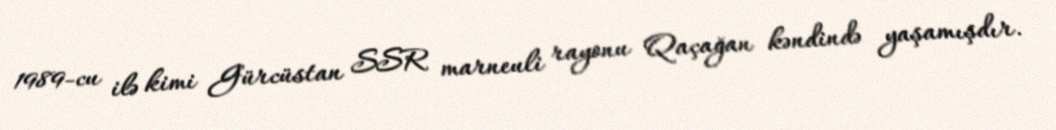
1989-cu ilə kimi Gürcüstan SSR marneuli rayonu Qaçağan kəndində yaşamışdır.